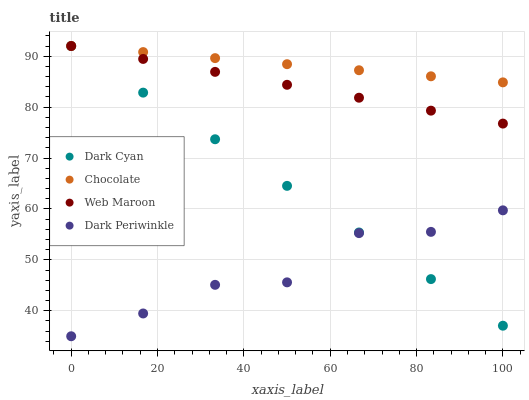
| xaxis_label | Dark Cyan | Chocolate | Web Maroon | Dark Periwinkle |
 | --- | --- | --- | --- | --- |
 | 0 | 92 | 92 | 92 | 35 |
 | 16.7 | 82.8 | 90.8 | 89.5 | 39.5 |
 | 33.3 | 73.7 | 89.6 | 86.9 | 45.1 |
 | 50 | 64.5 | 88.4 | 84.4 | 45.6 |
 | 66.7 | 55.4 | 87.2 | 81.8 | 55.3 |
 | 83.3 | 46.2 | 86.1 | 79.3 | 55.5 |
 | 100 | 37.1 | 84.9 | 76.8 | 59.7 |